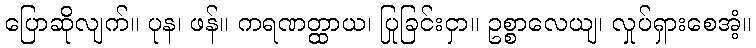
ပြောဆိုလျက်။ ပုန၊ ဖန်။ ကရဏတ္ထာယ၊ ပြုခြင်းငှာ။ ဥစ္စာလေယျ၊ လှုပ်ရှားစေအံ့။